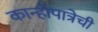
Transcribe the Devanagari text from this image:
कान्होपात्रेची